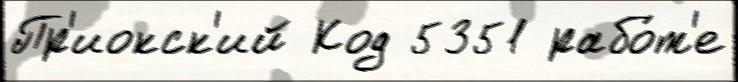
Пр'иокск'ий Код 5351 рабо́т'е